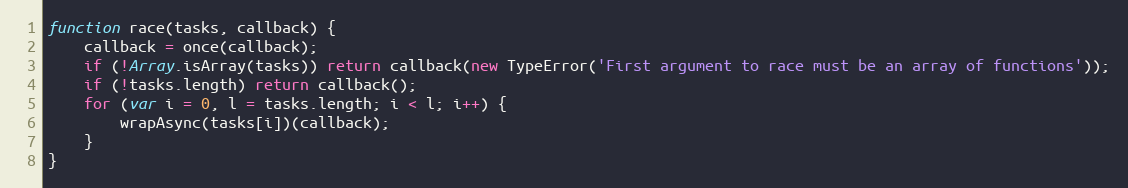
Language: JavaScript
function race(tasks, callback) {
    callback = once(callback);
    if (!Array.isArray(tasks)) return callback(new TypeError('First argument to race must be an array of functions'));
    if (!tasks.length) return callback();
    for (var i = 0, l = tasks.length; i < l; i++) {
        wrapAsync(tasks[i])(callback);
    }
}